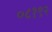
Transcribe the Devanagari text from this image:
०८१९२